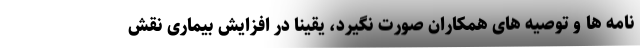
‌نامه ها و توصیه های همکاران صورت نگیرد، یقیناً در افزایش بیماری نقش